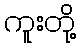
ကူးတို့